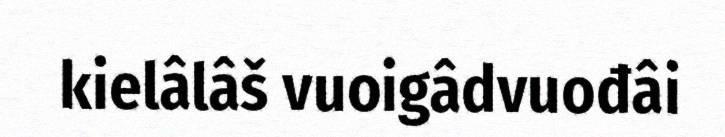
kielâlâš vuoigâdvuođâi